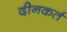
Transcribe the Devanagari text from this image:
दीनकर्त